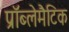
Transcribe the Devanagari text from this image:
प्रॉब्लेमैटिक